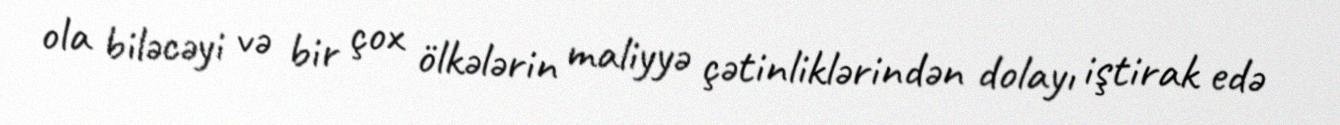
ola biləcəyi və bir çox ölkələrin maliyyə çətinliklərindən dolayı iştirak edə